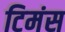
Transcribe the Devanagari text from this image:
टिमंस